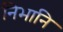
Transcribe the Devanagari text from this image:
निभानि